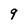
Character: 9